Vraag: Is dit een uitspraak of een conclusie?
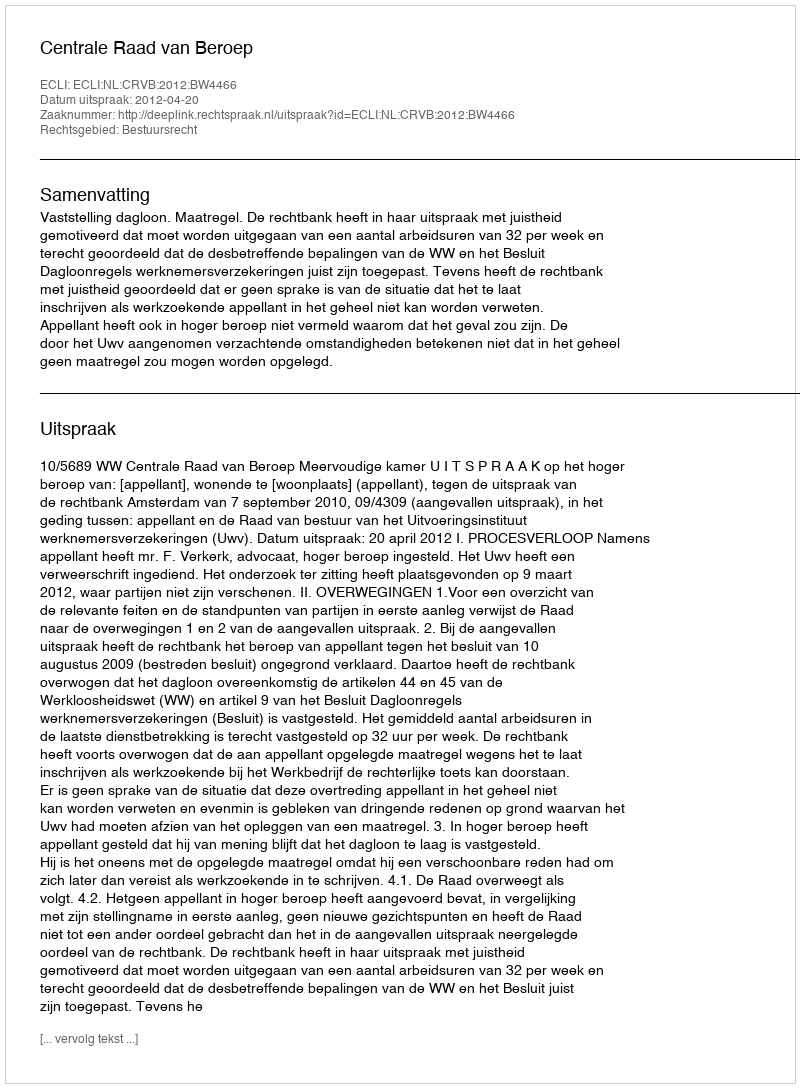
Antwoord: Uitspraak